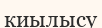
киылысу